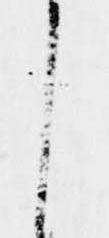
し